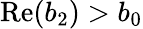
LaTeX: \mathrm{Re}(b_{2})>b_{0}